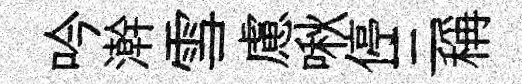
吟澣雪慮啾停三稱